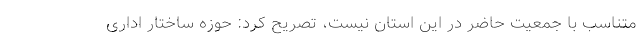
متناسب با جمعیت حاضر در این استان نیست، تصریح کرد: حوزه ساختار اداری